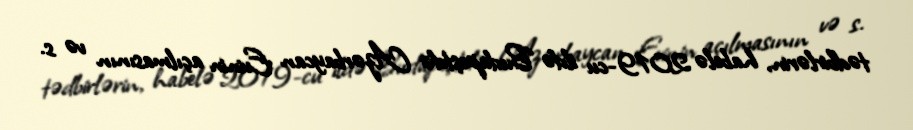
tədbirlərin, habelə 2019-cu ildə Budapeştdə Azərbaycan Evinin açılmasının və s.